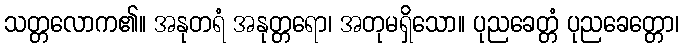
သတ္တလောက၏။ အနုတရံ အနုတ္တရော၊ အတုမရှိသော။ ပုညခေတ္တံ ပုညခေတ္တော၊